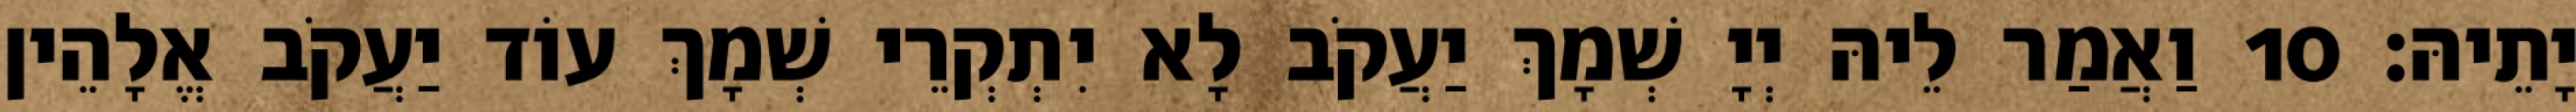
יָתֵיהּ׃ 10 וַאֲמַר לֵיהּ יְיָ שְׁמָךְ יַעֲקֹב לָא יִתְקְרֵי שְׁמָךְ עוֹד יַעֲקֹב אֱלָהֵין